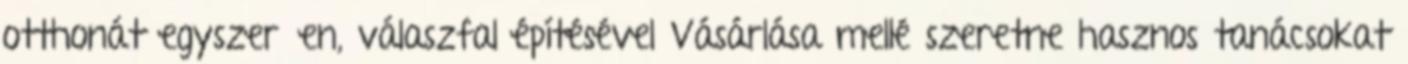
otthonát egyszerűen, válaszfal építésével Vásárlása mellé szeretne hasznos tanácsokat